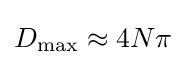
D_{\text{max}}\approx 4N\pi